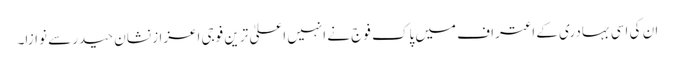
ان کی اسی بہادری کے اعتراف میں پاک فوج نے انہیں اعلیٰ ترین فوجی اعزاز نشان حیدر سے نوازا۔